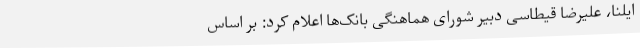
ایلنا، علیرضا قیطاسی دبیر شورای هماهنگی بانک‌ها اعلام کرد: بر اساس